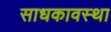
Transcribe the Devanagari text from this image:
साधकावस्था